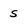
Character: 5